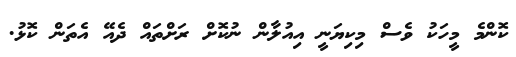
ކޮންމެ މީހަކު ވެސް މިކިޔަނީ އިއުލާން ނުކޮށް ރަށްތައް ދެއޭ އެތަން ކޮޅު.